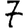
Digit: 7